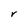
Character: r